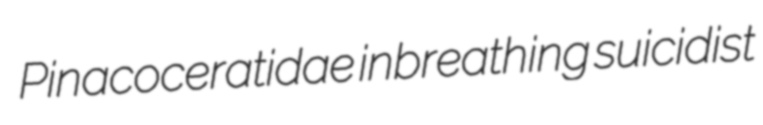
Pinacoceratidae inbreathing suicidist